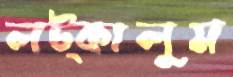
লট্‌কালুম